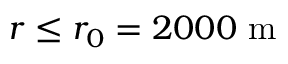
r \leq r _ { 0 } = 2 0 0 0 ~ \mathrm { m }